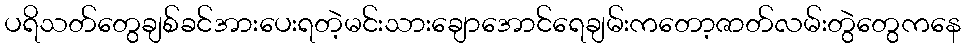
ပရိသတ်တွေချစ်ခင်အားပေးရတဲ့မင်းသားချောအောင်ရေချမ်းကတော့ဇာတ်လမ်းတွဲတွေကနေ